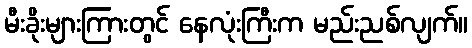
မီးခိုးများကြားတွင် နေလုံးကြီးက မည်းညစ်လျက်။